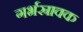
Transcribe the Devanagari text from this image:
गर्भस्रावक